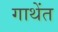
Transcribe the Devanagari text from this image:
गाथेंत